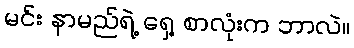
မင်း နာမည်ရဲ့ ရှေ့ စာလုံးက ဘာလဲ။